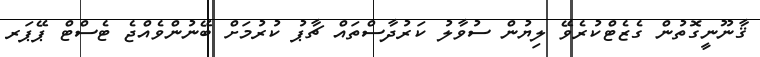
ޤާނޫނީގޮތުން ގެޒެޓްކުރެވޭ ލިޔުން ސުވާލު ކަރުދާސްތައް ޗާޕު ކުރުމަށް ބޭނުންވެއްޖެ ޓެސްޓް ޕޭޕަރ